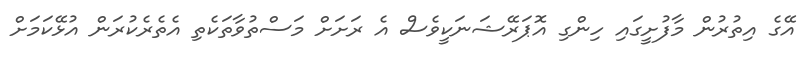
އޭގެ އިތުރުން މާފުށީގައި ހިންގި އޮޕަރޭޝަނަކީވެސް އެ ރަށަށް މަސްތުވާތަކެތި އެތެރެކުރަން އުޅޭކަމަށް